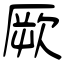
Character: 厥